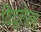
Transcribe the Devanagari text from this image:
विद्वत्तेला